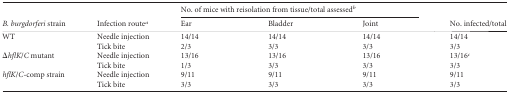
<table><thead><tr><td rowspan="2"><b><i>B. burgdorferi</i> strain </b></td><td rowspan="2"><b>Infection route<sup>a</sup></b></td><td colspan="3"><b>No. of mice with reisolation from tissue/total assessed<sup>b</sup></b></td><td rowspan="2"><b>No. infected/total</b></td></tr><tr><td><b>Ear</b></td><td><b>Bladder</b></td><td><b>Joint</b></td></tr></thead><tbody><tr><td>WT</td><td>Needle injection</td><td>14/14</td><td>14/14</td><td>14/14</td><td>14/14</td></tr><tr><td></td><td>Tick bite</td><td>2/3</td><td>3/3</td><td>3/3</td><td>3/3</td></tr><tr><td>Δ<i>hflK</i>/<i>C</i> mutant</td><td>Needle injection</td><td>13/16</td><td>13/16</td><td>13/16</td><td>13/16<sup>c</sup></td></tr><tr><td></td><td>Tick bite</td><td>1/3</td><td>3/3</td><td>3/3</td><td>3/3</td></tr><tr><td><i>hflK</i>/<i>C</i>-comp strain</td><td>Needle injection</td><td>9/11</td><td>9/11</td><td>9/11</td><td>9/11</td></tr><tr><td></td><td>Tick bite</td><td>3/3</td><td>3/3</td><td>3/3</td><td>3/3</td></tr></tbody></table>